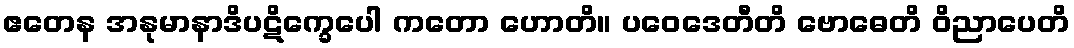
ဧတေန အနုမာနာဒိပဋိက္ခေပေါ ကတော ဟောတိ။ ပဝေဒေတီတိ ဗောဓေတိ ဝိညာပေတိ